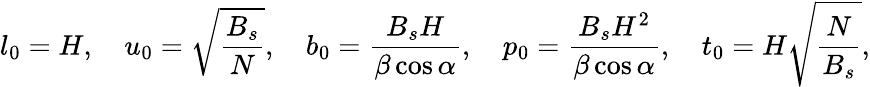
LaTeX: l_{0}=H,\quad u_{0}=\sqrt{\frac{B_{s}}{N}},\quad b_{0}=\frac{B_{s}H}{\beta\cos\alpha},\quad p_{0}=\frac{B_{s}H^{2}}{\beta\cos\alpha},\quad t_{0}=H\sqrt{\frac{N}{B_{s}}},